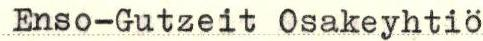
Enso-Gutzeit Osakeyhtiö